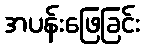
အပန်းဖြေခြင်း